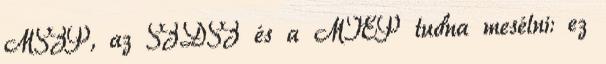
MSZP, az SZDSZ és a MIÉP tudna mesélni: ez